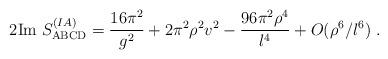
LaTeX: \begin{align*}2\mathrm{Im}\; S_\mathrm{ABCD}^{(IA)} = \frac{16\pi^2}{g^2} + 2\pi^2 \rho^2v^2 - \frac{96\pi^2\rho^4}{l^4} + O(\rho^6/l^6)\;.\end{align*}